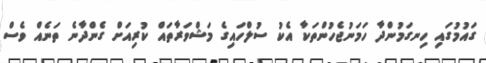
ގައުމުގައި ހިނގަމުންދާ ހަމަނުޖެހުންތަކާ އެކު ސުލްހައިގެ މަޝްވަރާތައް ކުރިއަށް ގެންދާނެ ތަނެއް ވެސް